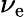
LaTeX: \nu_{\mathrm{e}}